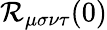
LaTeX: \mathcal{R}_{\mu\sigma\nu\tau}(0)